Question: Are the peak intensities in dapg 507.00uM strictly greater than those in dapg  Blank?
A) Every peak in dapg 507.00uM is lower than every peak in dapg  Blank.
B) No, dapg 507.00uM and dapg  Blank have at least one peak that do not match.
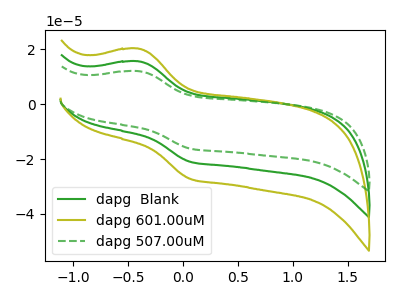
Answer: <think>The green curve "dapg  Blank" has an anodic peak at (-0.40V, 15.60uA) and a cathodic peak at (0.05V, -21.00uA). The olive curve "dapg 601.00uM" has an anodic peak at (-0.40V, 31.25uA) and a cathodic peak at (0.05V, -42.00uA). The green dashed curve "dapg 507.00uM" has an anodic peak at (-0.40V, 12.05uA) and a cathodic peak at (0.05V, -16.20uA).</think>
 <answer>A) Every peak in "dapg 507.00uM" is lower than every peak in "dapg  Blank".</answer>
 <eval>A</eval>